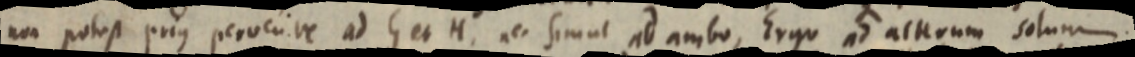
non potest prius pervenire ad G et H. nec simul ad ambo, Ergo ad alterum solum.